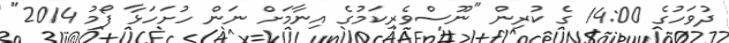
ދުވަހުގެ 14:00 ގެ ކުރިން "ނޫސްވެރިކަމުގެ އިނާމަށް ނަން ހުށަހަޅާ ފޯމު 2014"